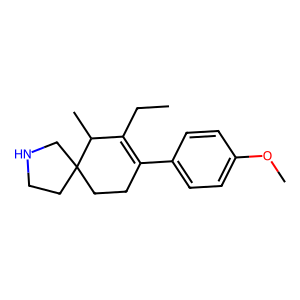
SMILES: CCC1=C(c2ccc(OC)cc2)CCC2(CCNC2)C1C
Inhibits HIV replication: No